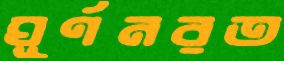
ঘূর্ণনরত